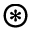
\circledast